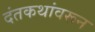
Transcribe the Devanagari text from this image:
दंतकथांवरून